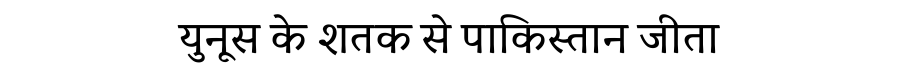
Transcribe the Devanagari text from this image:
युनूस के शतक से पाकिस्तान जीता